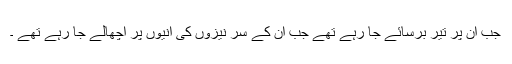
جب ان پر تیر برسائے جا رہے تھے جب ان کے سر نیزوں کی انیوں پر اچھالے جا رہے تھے ۔